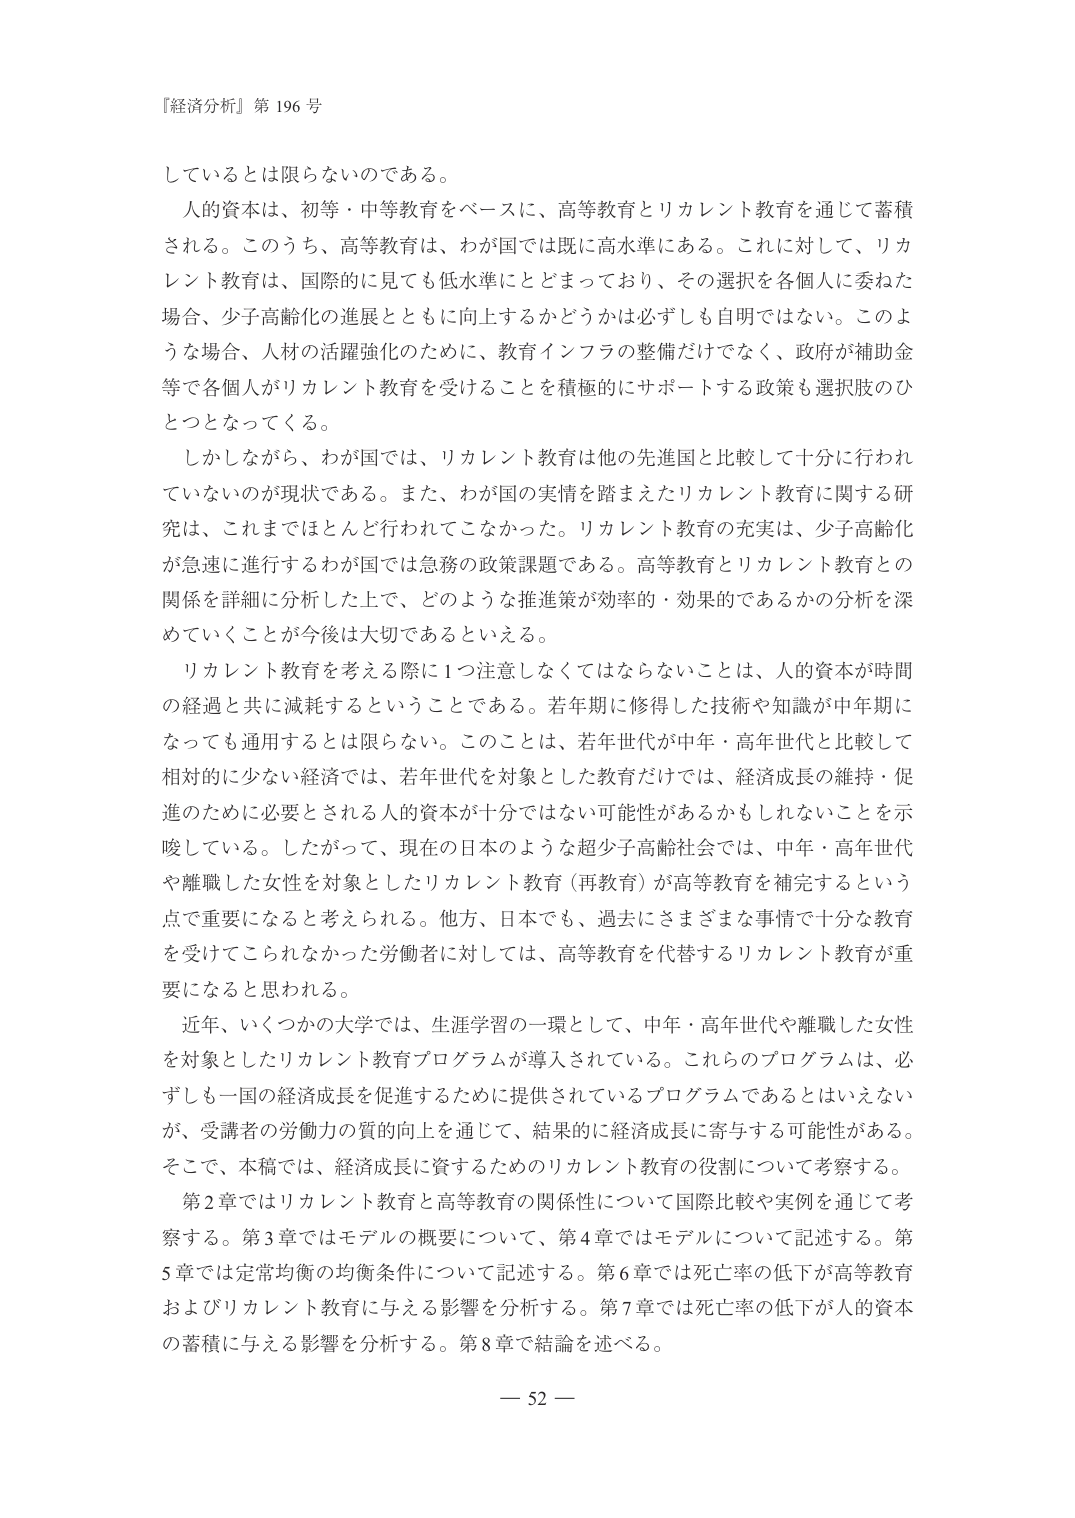
『経済分析』第 196 号

しているとは限らないのである。

人的資本は、初等・中等教育をベースに、高等教育とリカレント教育を通じて蓄積される。このうち、高等教育は、わが国では既に高水準にある。これに対して、リカレント教育は、国際的に見ても低水準にとどまっており、その選択を各個人に委ねた場合、少子高齢化の進展とともに向上するかどうかは必ずしも自明ではない。このような場合、人材の活躍強化のために、教育インフラの整備だけでなく、政府が補助金等で各個人がリカレント教育を受けることを積極的にサポートする政策も選択肢のひとつとなってくる。

しかしながら、わが国では、リカレント教育は他の先進国と比較して十分に行われていないのが現状である。また、わが国の実情を踏まえたリカレント教育に関する研究は、これまではほとんど行われてこなかった。リカレント教育の充実は、少子高齢化が急速に進行するわが国では急務の政策課題である。高等教育とリカレント教育との関係を詳細に分析した上で、どのような推進策が効率的・効果的であるかの分析を深めていくことが今後は大切であるといえる。

リカレント教育を考える際に1つ注意しなくてはならないことは、人的資本が時間の経過と共に減耗するということである。若年期に修得した技術や知識が中年期になっても通用するとは限らない。このことは、若年世代が中年・高年世代と比較して相対的に少ない経済では、若年世代を対象とした教育だけでは、経済成長の維持・促進のために必要とされる人的資本が十分ではない可能性があるかもしれないことを示唆している。したがって、現在の日本のような超少子高齢社会では、中年・高年世代や離職した女性を対象としたリカレント教育（再教育）が高等教育を補完するという点で重要になると考えられる。他方、日本でも、過去にさまざまな事情で十分な教育を受けてこられなかった労働者に対しては、高等教育を代替するリカレント教育が重要になると思われる。

近年、いくつかの大学では、生涯学習の一環として、中年・高年世代や離職した女性を対象としたリカレント教育プログラムが導入されている。これらのプログラムは、必ずしも一国の経済成長を促進するために提供されているプログラムであるとはいえないが、受講者の労働力の質的向上を通じて、結果的に経済成長に寄与する可能性がある。そこで、本稿では、経済成長に資するためのリカレント教育の役割について考察する。

第2章ではリカレント教育と高等教育の関係性について国際比較や実例を通じて考察する。第3章ではモデルの概要について、第4章ではモデルについて記述する。第5章では定常均衡の均衡条件について記述する。第6章では死亡率の低下が高等教育およびリカレント教育に与える影響を分析する。第7章では死亡率の低下が人的資本の蓄積に与える影響を分析する。第8章で結論を述べる。

— 52 —